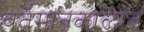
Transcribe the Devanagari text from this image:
वर्तमानकाळांत